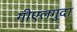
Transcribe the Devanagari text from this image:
गीएलगुदा